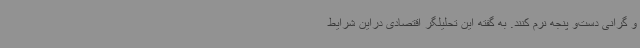
و گرانی دست‌و پنجه نرم کنند. به گفته این تحلیلگر اقتصادی دراین شرایط